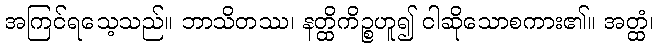
အကြင်ရသေ့သည်။ ဘာသိတဿ၊ နတ္ထိကိဉ္စဟူ၍ ငါဆိုသောစကား၏။ အတ္ထံ၊